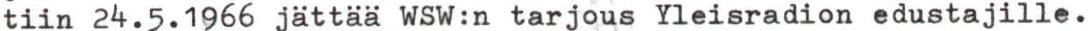
tiin 24.5.1966 jättää WSW:n tarjous Yleisradion edustajille.